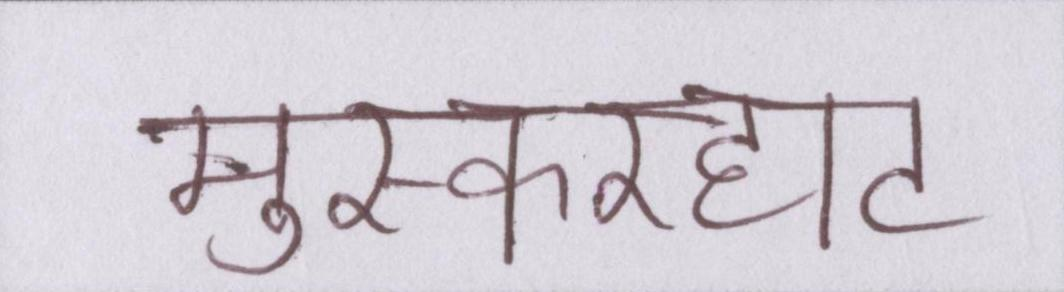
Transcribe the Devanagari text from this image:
मुस्करहाट